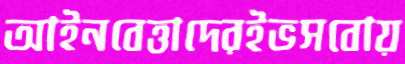
আইনবেত্তাদেরইভসবোয়